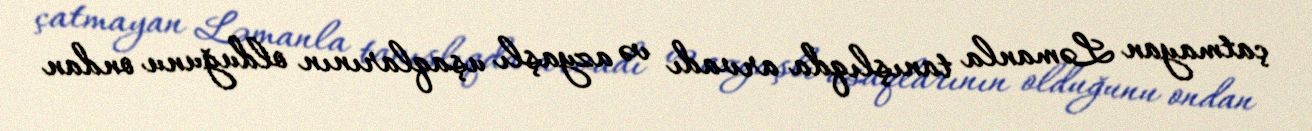
çatmayan Ləmanla tanışlıqda arvadı və azyaşlı uşaqlarının olduğunu ondan